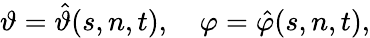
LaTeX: \vartheta=\hat{\vartheta}(s,n,t),\quad\varphi=\hat{\varphi}(s,n,t),